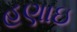
હણાઇ